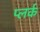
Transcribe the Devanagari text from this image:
प्लर्क